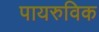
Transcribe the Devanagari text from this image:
पायरुविक